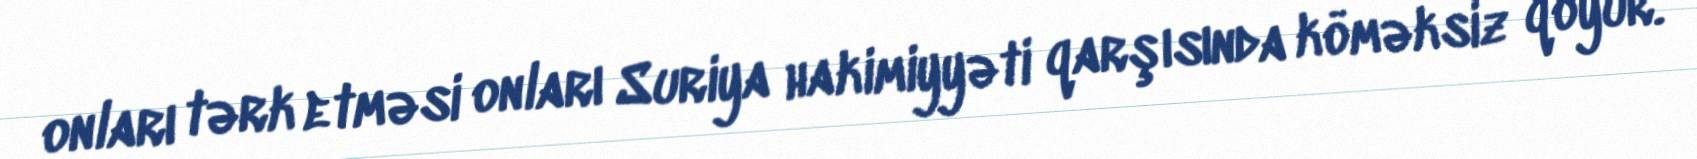
onları tərk etməsi onları Suriya hakimiyyəti qarşısında köməksiz qoyur.